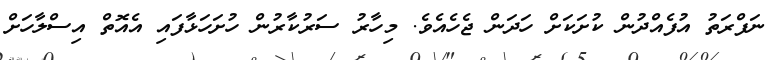
ނަފްރަތު އުފެއްދުން ކުށަކަށް ހަދަން ޖެހެއެވެ. މިހާރު ސަރުކާރުން ހުށަހަޅާފައި އެއޮތް އިސްލާހަށް